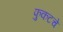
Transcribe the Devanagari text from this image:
फुकटचे